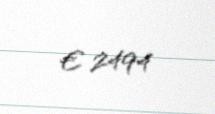
€ 2494